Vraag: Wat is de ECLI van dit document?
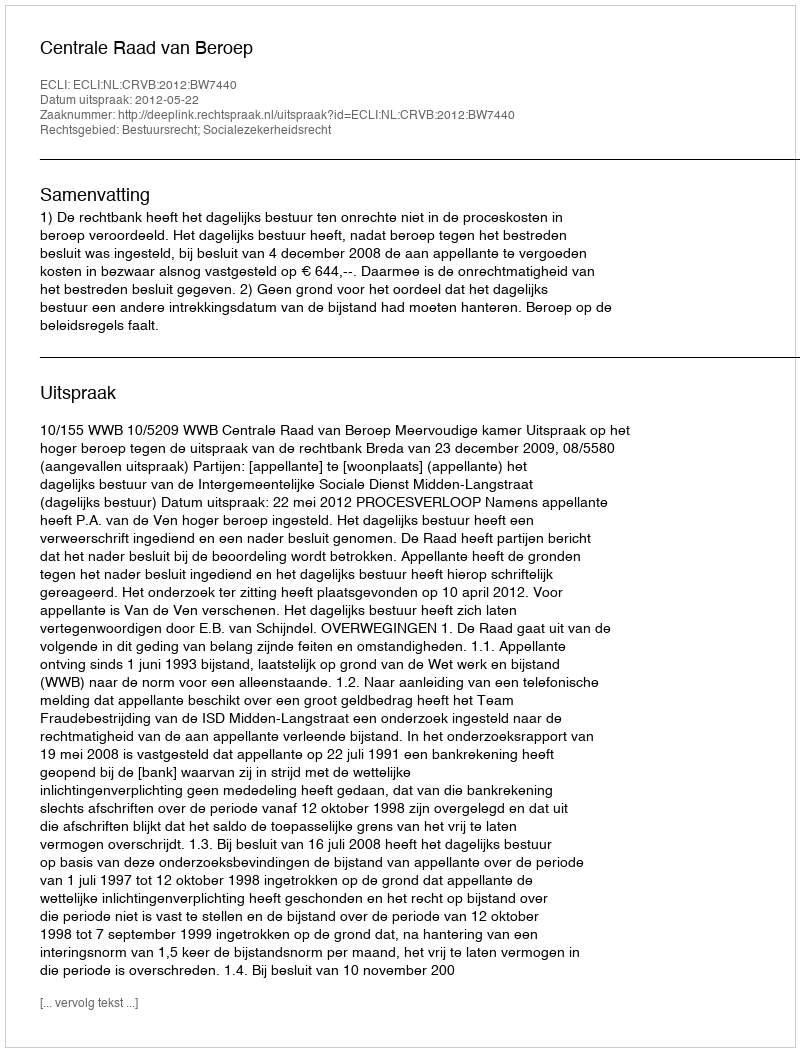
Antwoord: ECLI:NL:CRVB:2012:BW7440